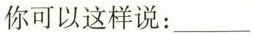
你可以这样说：___